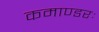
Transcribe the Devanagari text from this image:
कमाण्डरः